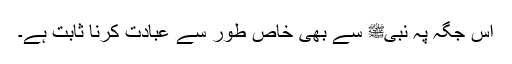
اس جگہ پہ نبیﷺ سے بھی خاص طور سے عبادت کرنا ثابت ہے۔